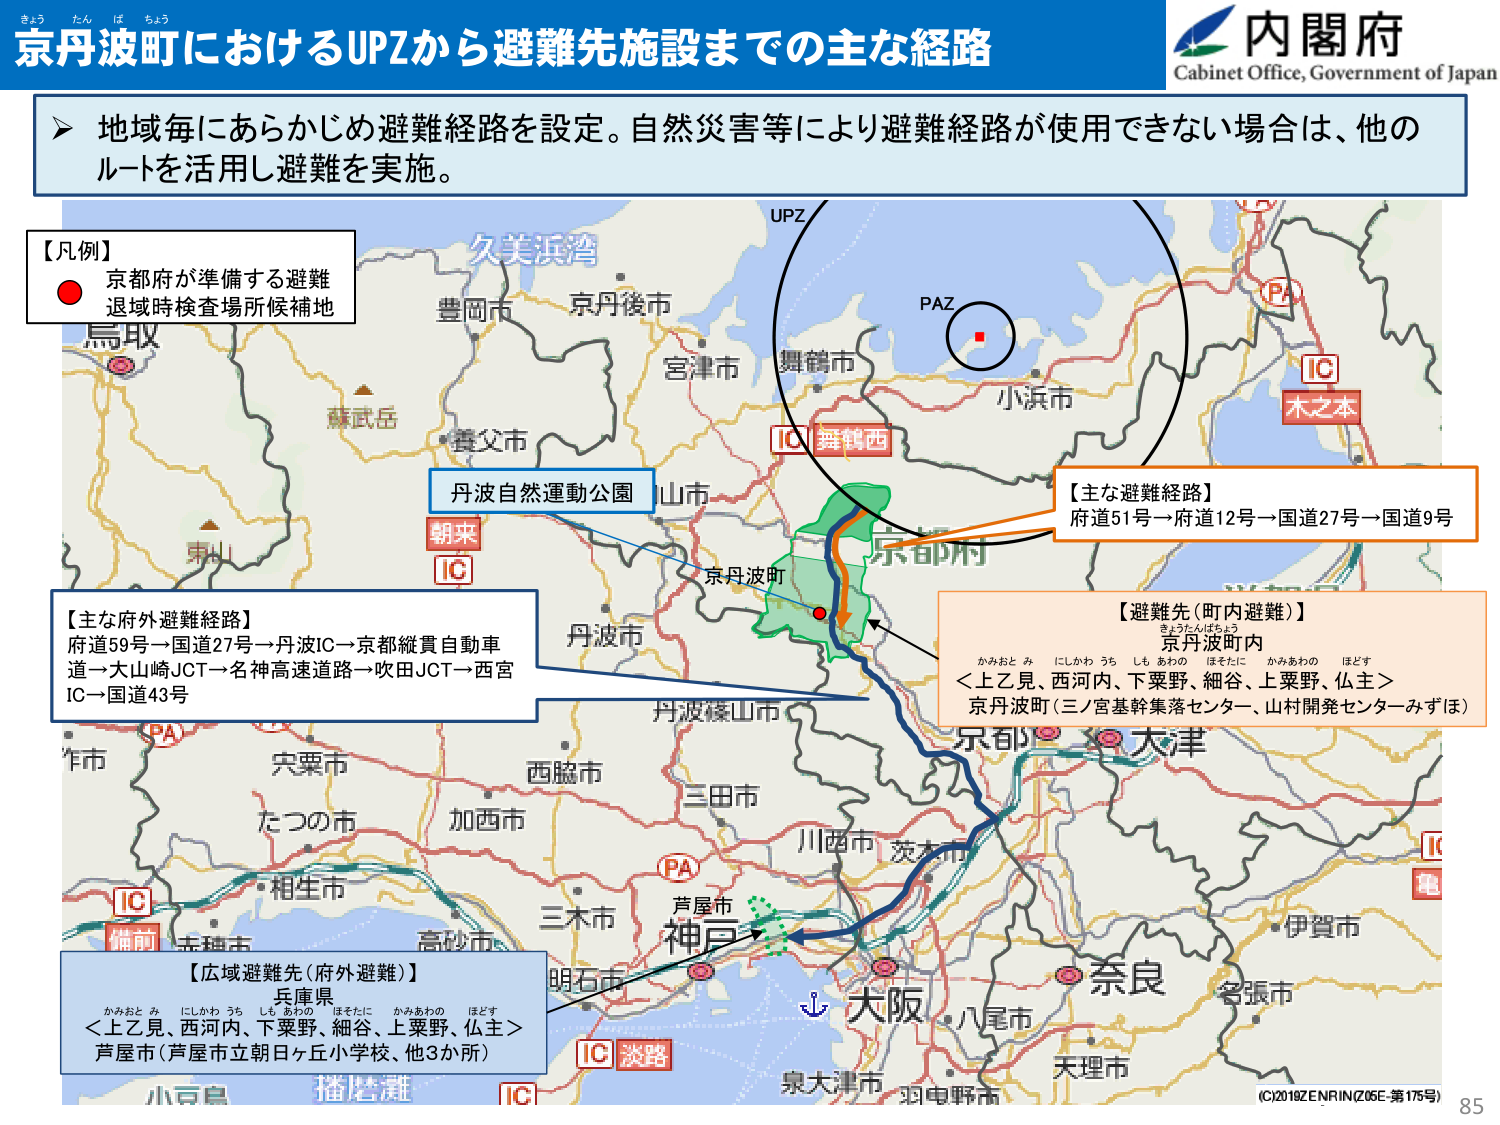
きょう たん は ちょう
京丹波町におけるUPZから避難先施設までの主な経路
内閣府
Cabinet Office, Government of Japan

地域毎にあらかじめ避難経路を設定。自然災害等により避難経路が使用できない場合は、他のルートを活用し避難を実施。

【凡例】
● 京都府が準備する避難退域時検査場所候補地

久美浜湾
豊岡市
京丹後市
宮津市
舞鶴市
小浜市
PA
IC
木之本
UPZ
PAZ
IC 舞鶴西
丹波自然運動公園
朝来
IC
京丹波町
丹波篠山市
京都府
【主な避難経路】
府道51号→府道12号→国道27号→国道9号

【主な府外避難経路】
府道59号→国道27号→丹波IC→京都縦貫自動車道→大山崎JCT→名神高速道路→吹田JCT→西宮IC→国道43号

【避難先（町内避難）】
京丹波町内
かみおとみ にしかわうち しもあわの ほそたに かみあわの ほどす
＜上乙見、西河内、下粟野、細谷、上粟野、仏主＞
京丹波町（三ノ宮基幹集落センター、山村開発センターみずほ）

作市
PA
IC
福前
宍粟市
たつの市
加西市
西脇市
三田市
川西市
茨木市
三木市
芦屋市
神戸
明石市
大阪
八尾市
奈良
名張市
伊賀市
天理市
泉大津市
羽曳野市
【広域避難先（府外避難）】
兵庫県
かみおとみ にしかわうち しもあわの ほそたに かみあわの ほどす
＜上乙見、西河内、下粟野、細谷、上粟野、仏主＞
芦屋市（芦屋市立朝日ヶ丘小学校、他3か所）
IC 淡路
小豆島
播磨灘
IC
(C)2019ZENRIN(Z05E-第175号)
85